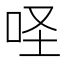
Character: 𠱅